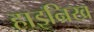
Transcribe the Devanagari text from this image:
हाइन्रिख